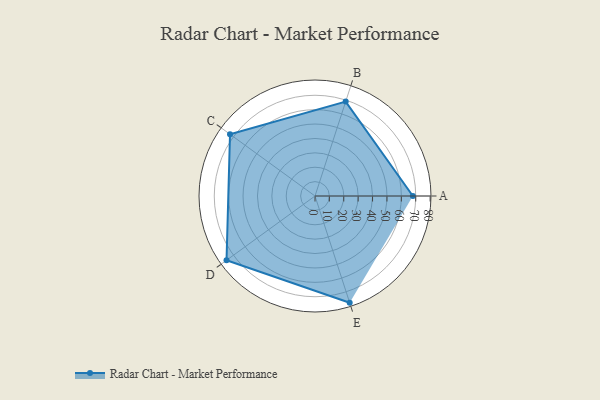
{"axis": {"x": "Skill", "y": "Score"}, "legend": ["Profile"], "data": [{"x": "A", "y": 68.0, "type": "Profile"}, {"x": "B", "y": 69.0, "type": "Profile"}, {"x": "C", "y": 73.0, "type": "Profile"}, {"x": "D", "y": 76.0, "type": "Profile"}, {"x": "E", "y": 78.0, "type": "Profile"}]}